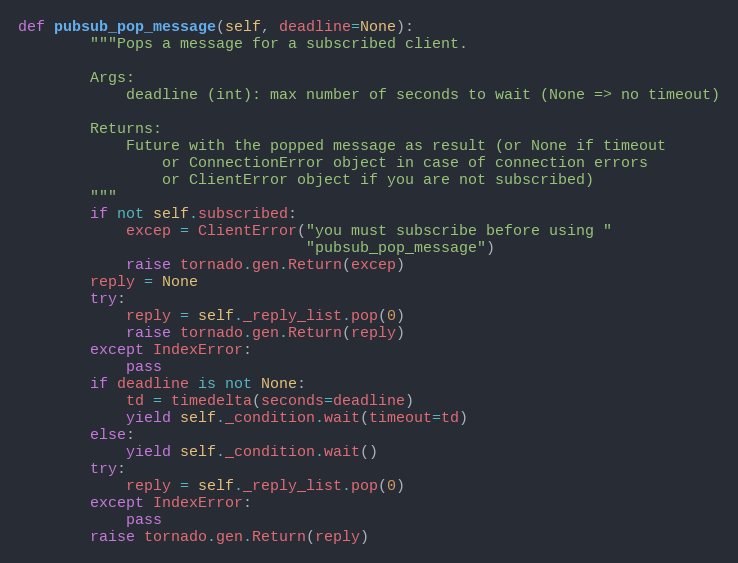
Language: Python
def pubsub_pop_message(self, deadline=None):
        """Pops a message for a subscribed client.

        Args:
            deadline (int): max number of seconds to wait (None => no timeout)

        Returns:
            Future with the popped message as result (or None if timeout
                or ConnectionError object in case of connection errors
                or ClientError object if you are not subscribed)
        """
        if not self.subscribed:
            excep = ClientError("you must subscribe before using "
                                "pubsub_pop_message")
            raise tornado.gen.Return(excep)
        reply = None
        try:
            reply = self._reply_list.pop(0)
            raise tornado.gen.Return(reply)
        except IndexError:
            pass
        if deadline is not None:
            td = timedelta(seconds=deadline)
            yield self._condition.wait(timeout=td)
        else:
            yield self._condition.wait()
        try:
            reply = self._reply_list.pop(0)
        except IndexError:
            pass
        raise tornado.gen.Return(reply)